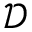
\mathcal { D }